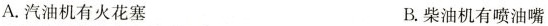
A.汽油机有火花塞 B.柴油机有喷油嘴